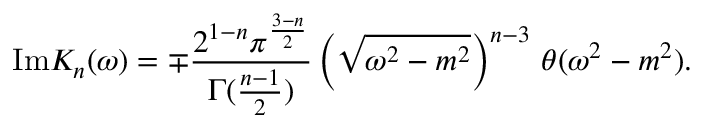
\mathrm { I m } K _ { n } ( \omega ) = \mp \frac { 2 ^ { 1 - n } \pi ^ { \frac { 3 - n } { 2 } } } { \Gamma ( \frac { n - 1 } { 2 } ) } \left( \sqrt { \omega ^ { 2 } - m ^ { 2 } } \right) ^ { n - 3 } \, \theta ( \omega ^ { 2 } - m ^ { 2 } ) .